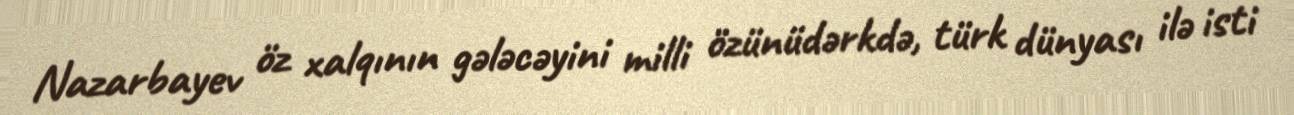
Nazarbayev öz xalqının gələcəyini milli özünüdərkdə, türk dünyası ilə isti